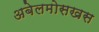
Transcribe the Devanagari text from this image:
अबेलमोसखस